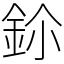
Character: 鉩